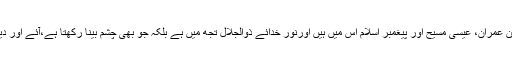
موسیٰ بن عمران، عیسیٰ مسیح اور پیغمبر اسلام اس میں ہیں اورنورِ خدائے ذوالجلال تجھ میں ہے بلکہ جو بھی چشمِ بینا رکھتا ہے،آئے اور دیکھ لے۔